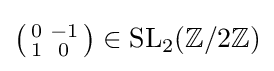
\left({\begin{smallmatrix}0&-1\\1&0\end{smallmatrix}}\right)\in \mathrm {SL} _{2}(\mathbb {Z} /2\mathbb {Z} )